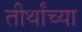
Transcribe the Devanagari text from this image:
तीर्थांच्या